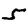
Digit: 5